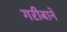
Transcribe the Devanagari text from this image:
गरीबानें